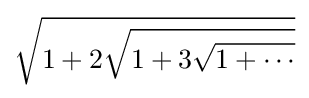
{\sqrt {1+2{\sqrt {1+3{\sqrt {1+\cdots }}}}}}